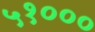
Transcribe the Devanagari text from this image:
५१०००